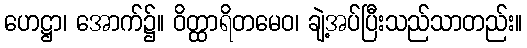
ဟေဋ္ဌာ၊ အောက်၌။ ဝိတ္ထာရိတမေဝ၊ ချဲ့အပ်ပြီးသည်သာတည်း။